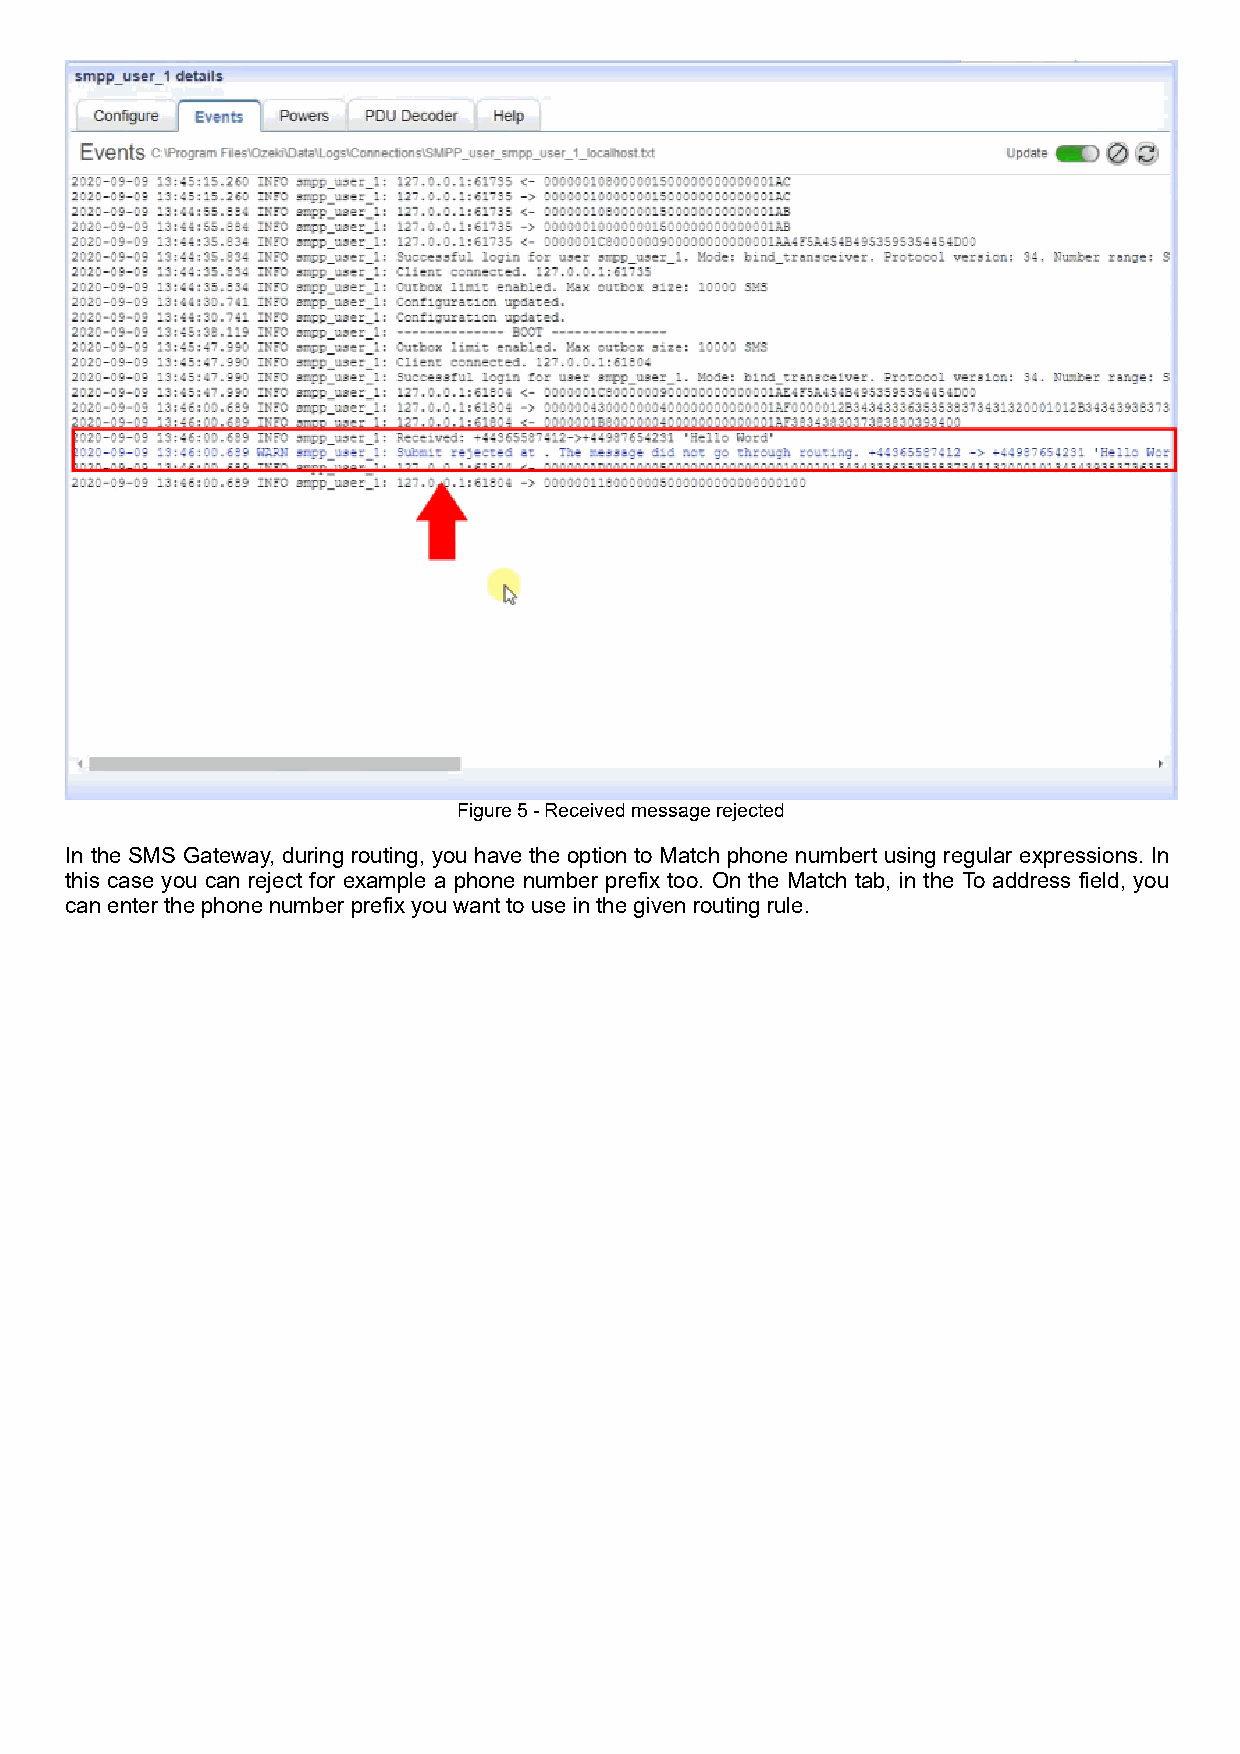
Figure 5 - Received message rejected
 In the SMS Gateway, during routing, you have the option to Match phone numbert using regular expressions. In
 this case you can reject for example a phone number prefix too. On the Match tab, in the To address field, you
 can enter the phone number prefix you want to use in the given routing rule.